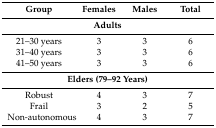
<table><thead><tr><td><b>Group</b></td><td><b>Females</b></td><td><b>Males</b></td><td><b>Total</b></td></tr></thead><tbody><tr><td colspan="4"><b>Adults</b></td></tr><tr><td>21–30 years</td><td>3</td><td>3</td><td>6</td></tr><tr><td>31–40 years</td><td>3</td><td>3</td><td>6</td></tr><tr><td>41–50 years</td><td>3</td><td>3</td><td>6</td></tr><tr><td colspan="4"><b>Elders (79–92 Years)</b></td></tr><tr><td>Robust</td><td>4</td><td>3</td><td>7</td></tr><tr><td>Frail</td><td>3</td><td>2</td><td>5</td></tr><tr><td>Non-autonomous</td><td>4</td><td>3</td><td>7</td></tr></tbody></table>